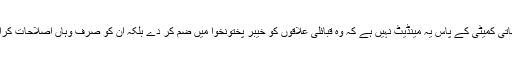
ان کے مطابق فاٹا اصلاحاتی کمیٹی کے پاس یہ مینڈیٹ نہیں ہے کہ وہ قبائلی علاقوں کو خیبر پختونخوا میں ضم کر دے بلکہ ان کو صرف وہاں اصلاحات کرانے کا اختیار دیا گیا ہے۔